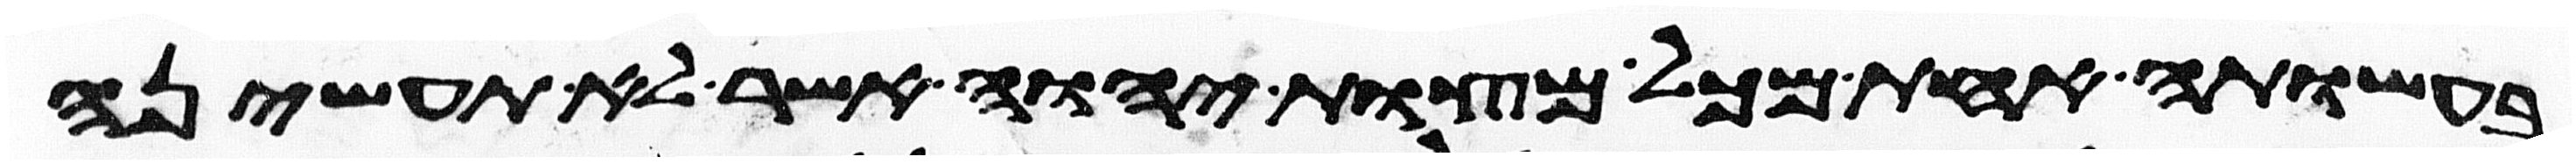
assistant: בעשותה אחת מכל מצות יהוה אשר לא תעשיהן